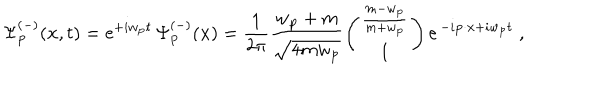
LaTeX: \Psi _ { { \bf p } } ^ { ( - ) } ( { \bf x } , t ) = \mathrm { e } ^ { + i w _ { { \bf p } } t } \, \Psi _ { { \bf p } } ^ { ( - ) } ( { \bf x } ) = \frac { 1 } { { 2 \pi } } \frac { w _ { { \bf p } } + m } { \sqrt { 4 m w _ { { \bf p } } } } \left( \begin{array} { c } { { \frac { m - w _ { { \bf p } } } { m + w _ { { \bf p } } } } } \\ { { 1 } } \\ \end{array} \right) \mathrm { e } ^ { \, - i { \bf p } \cdot { \bf x } + i w _ { { \bf p } } t } \; ,